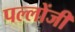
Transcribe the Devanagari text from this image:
पल्लोंजी